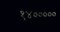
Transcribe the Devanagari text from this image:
१४०००००